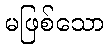
မဖြစ်သော